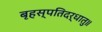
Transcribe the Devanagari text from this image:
बृहस्पतिदर्धातु॥